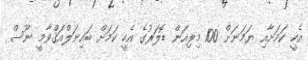
އެހީ ކަމަށާއި ޔަމަނަށް 100 މިލިއަން ޑޮލަރުގެ އެހީ ކަމަށް ބައިނަލްއަޤްވާމީ ނޫސް